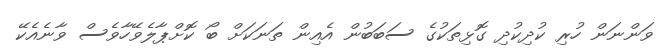
ވަންނަން ހުރި ކުދިކުދި ގޮޅިތަކުގެ ސަބަބުން އެއިން ތަނަކަށް ބޯ ކޮށްޕާލެވޭހާވެސް ވާނެއެކޭ